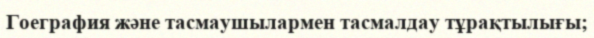
Гоеграфия және тасмаушылармен тасмалдау тұрақтылығы;